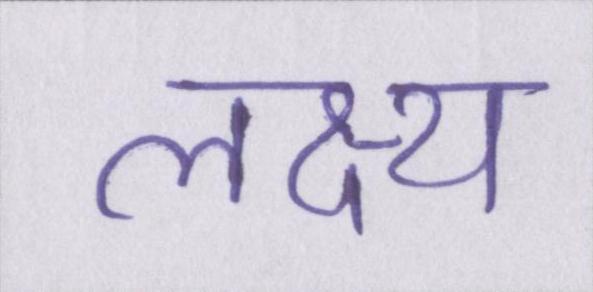
लक्ष्य